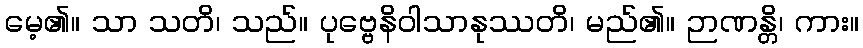
မေ့၏။ သာ သတိ၊ သည်။ ပုဗ္ဗေနိဝါသာနုဿတိ၊ မည်၏။ ဉာဏန္တိ၊ ကား။